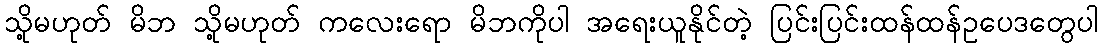
သို့မဟုတ် မိဘ သို့မဟုတ် ကလေးရော မိဘကိုပါ အရေးယူနိုင်တဲ့ ပြင်းပြင်းထန်ထန်ဥပေဒတွေပါ